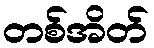
တစ်အိတ်